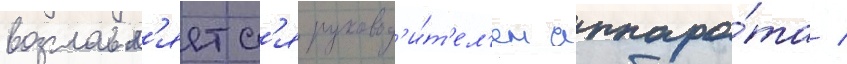
возглавл'яетс'я руковод'и́т'ел'ем аппара́та /